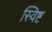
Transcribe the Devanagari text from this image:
स्विष्ट